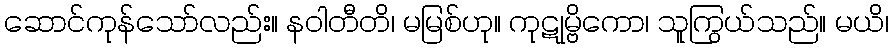
ဆောင်ကုန်သော်လည်း။ နဝါတီတိ၊ မမြစ်ဟု။ ကုဋုမ္ဗိကော၊ သူကြွယ်သည်။ မယိ၊